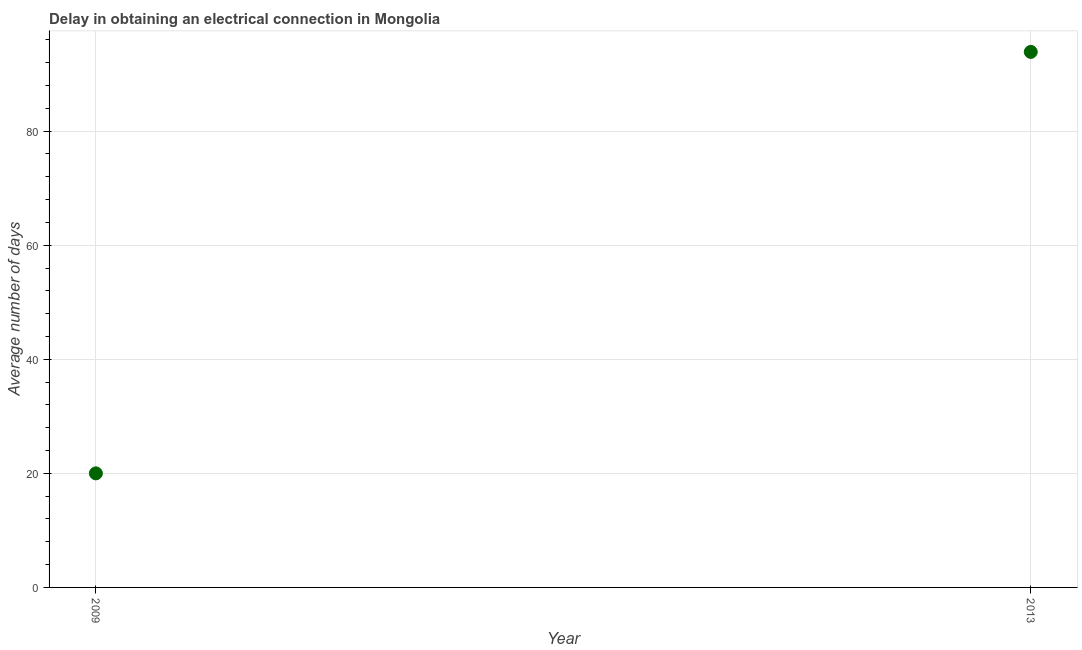
| Year | Dalay in Electrical connection |
 | --- | --- |
 | 2009 | 20 |
 | 2013 | 93.9 |